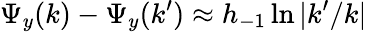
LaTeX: \Psi_{y}(k)-\Psi_{y}(k^{\prime})\approx h_{-1}\ln{|k^{\prime}/k|}